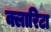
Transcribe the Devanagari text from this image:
क्लारिटा